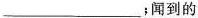
___；闻到的